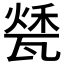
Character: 𤭰